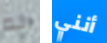
لم أنني